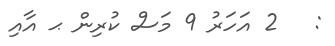
:   2 އަހަރު 9 މަސް ކުރިން ޙ އާއި